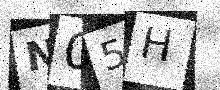
Text: N05H